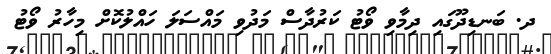
ދ. ބަނޑިދޫގައި ދިމާވި ވޯޓު ކަރުދާސް މަދުވި މައްސަލަ ހައްލުކޮށް މިހާރު ވޯޓު